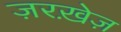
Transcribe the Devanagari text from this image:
ज़रख़ेज़